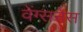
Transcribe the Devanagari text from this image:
वेंग्सनेस